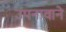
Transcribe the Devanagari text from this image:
उपनावाने